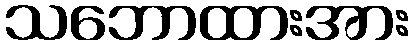
သဘောထားအား